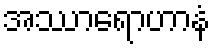
အဿာရောဟာနံ